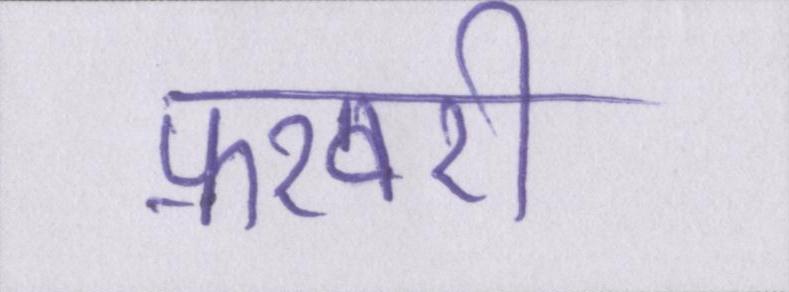
फ़रवरी